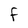
Character: F